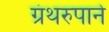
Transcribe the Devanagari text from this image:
ग्रंथरुपाने